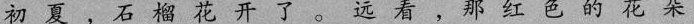
初夏，石榴花开了。 远看，那红色的花朵